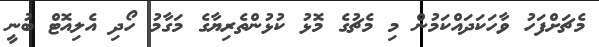
މެޗަށްފަހު ވާހަކަދައްކަމުން މި މެޗުގެ މޮޅު ކުޅުންތެރިޔާގެ މަގާމު ހޯދި އެލިއޮޓް ބުނީ